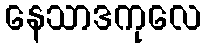
နေသာဒကုလေ